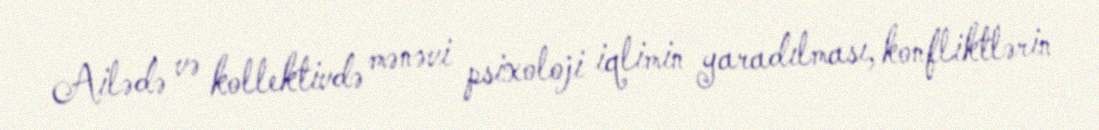
Ailədə və kollektivdə mənəvi psixoloji iqlimin yaradılması, konfliktlərin